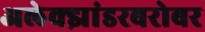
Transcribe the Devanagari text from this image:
अलेक्झांडरबरोबर